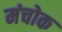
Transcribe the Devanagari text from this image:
मंचोक